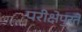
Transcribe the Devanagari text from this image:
परीक्षेपुरते